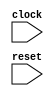
module AdderExerciser(
  input   clock,
  input   reset
);
`ifdef RANDOMIZE_REG_INIT
  reg [31:0] _RAND_0;
  reg [31:0] _RAND_1;
  reg [31:0] _RAND_2;
  reg [31:0] _RAND_3;
  reg [31:0] _RAND_4;
`endif // RANDOMIZE_REG_INIT
  reg [31:0] ticker; // @[Exerciser.scala 20:36]
  reg [31:0] max_ticks_for_state; // @[Exerciser.scala 21:36]
  reg [31:0] state_number; // @[Exerciser.scala 22:36]
  reg  state_locked; // @[Exerciser.scala 23:36]
  wire [31:0] _T_12 = ticker + 32'h1; // @[Exerciser.scala 27:20]
  wire  _T_14 = ~state_locked; // @[Exerciser.scala 28:8]
  wire [31:0] _T_18 = state_number + 32'h1; // @[Exerciser.scala 30:34]
  wire [31:0] _GEN_0 = ~state_locked ? 32'h0 : _T_12; // @[Exerciser.scala 28:23 Exerciser.scala 29:18 Exerciser.scala 27:10]
  wire [31:0] _GEN_1 = ~state_locked ? _T_18 : state_number; // @[Exerciser.scala 28:23 Exerciser.scala 30:18 Exerciser.scala 22:36]
  wire  _T_21 = ~(~state_locked); // @[Exerciser.scala 28:23]
  wire  _T_22 = _T_21 & ticker > max_ticks_for_state; // @[Exerciser.scala 32:43]
  wire  _T_24 = ~reset; // @[Exerciser.scala 33:11]
  wire  _GEN_2 = _T_21 & ticker > max_ticks_for_state ? 1'h0 : state_locked; // @[Exerciser.scala 32:43 Exerciser.scala 35:18 Exerciser.scala 23:36]
  wire [31:0] _GEN_3 = _T_21 & ticker > max_ticks_for_state ? _T_18 : _GEN_1; // @[Exerciser.scala 32:43 Exerciser.scala 36:18]
  wire  _T_30 = ticker > 32'h64; // @[Exerciser.scala 38:15]
  reg [31:0] test_number; // @[Adder.scala 54:33]
  wire  _T_192 = test_number > 32'h14; // @[Adder.scala 56:55]
  wire  _T_194 = state_number == 32'h21; // @[Exerciser.scala 53:23]
  wire  _GEN_4 = _T_14 | _GEN_2; // @[Exerciser.scala 54:28 Exerciser.scala 56:29]
  wire [4:0] _GEN_9 = 5'h1 == test_number[4:0] ? 5'h4 : 5'h3; // @[Adder.scala 61:28 Adder.scala 61:28]
  wire [4:0] _GEN_10 = 5'h2 == test_number[4:0] ? 5'h5 : _GEN_9; // @[Adder.scala 61:28 Adder.scala 61:28]
  wire [4:0] _GEN_11 = 5'h3 == test_number[4:0] ? 5'h6 : _GEN_10; // @[Adder.scala 61:28 Adder.scala 61:28]
  wire [4:0] _GEN_12 = 5'h4 == test_number[4:0] ? 5'h7 : _GEN_11; // @[Adder.scala 61:28 Adder.scala 61:28]
  wire [4:0] _GEN_13 = 5'h5 == test_number[4:0] ? 5'h8 : _GEN_12; // @[Adder.scala 61:28 Adder.scala 61:28]
  wire [4:0] _GEN_14 = 5'h6 == test_number[4:0] ? 5'h9 : _GEN_13; // @[Adder.scala 61:28 Adder.scala 61:28]
  wire [4:0] _GEN_15 = 5'h7 == test_number[4:0] ? 5'ha : _GEN_14; // @[Adder.scala 61:28 Adder.scala 61:28]
  wire [4:0] _GEN_16 = 5'h8 == test_number[4:0] ? 5'hb : _GEN_15; // @[Adder.scala 61:28 Adder.scala 61:28]
  wire [4:0] _GEN_17 = 5'h9 == test_number[4:0] ? 5'hc : _GEN_16; // @[Adder.scala 61:28 Adder.scala 61:28]
  wire [4:0] _GEN_18 = 5'ha == test_number[4:0] ? 5'hd : _GEN_17; // @[Adder.scala 61:28 Adder.scala 61:28]
  wire [4:0] _GEN_19 = 5'hb == test_number[4:0] ? 5'he : _GEN_18; // @[Adder.scala 61:28 Adder.scala 61:28]
  wire [4:0] _GEN_20 = 5'hc == test_number[4:0] ? 5'hf : _GEN_19; // @[Adder.scala 61:28 Adder.scala 61:28]
  wire [4:0] _GEN_21 = 5'hd == test_number[4:0] ? 5'h10 : _GEN_20; // @[Adder.scala 61:28 Adder.scala 61:28]
  wire [4:0] _GEN_22 = 5'he == test_number[4:0] ? 5'h11 : _GEN_21; // @[Adder.scala 61:28 Adder.scala 61:28]
  wire [4:0] _GEN_23 = 5'hf == test_number[4:0] ? 5'h12 : _GEN_22; // @[Adder.scala 61:28 Adder.scala 61:28]
  wire [4:0] _GEN_24 = 5'h10 == test_number[4:0] ? 5'h13 : _GEN_23; // @[Adder.scala 61:28 Adder.scala 61:28]
  wire [4:0] _GEN_25 = 5'h11 == test_number[4:0] ? 5'h14 : _GEN_24; // @[Adder.scala 61:28 Adder.scala 61:28]
  wire [4:0] _GEN_26 = 5'h12 == test_number[4:0] ? 5'h15 : _GEN_25; // @[Adder.scala 61:28 Adder.scala 61:28]
  wire [4:0] _GEN_27 = 5'h13 == test_number[4:0] ? 5'h16 : _GEN_26; // @[Adder.scala 61:28 Adder.scala 61:28]
  wire [4:0] _GEN_29 = 5'h1 == test_number[4:0] ? 5'h8 : 5'h7; // @[Adder.scala 61:28 Adder.scala 61:28]
  wire [4:0] _GEN_30 = 5'h2 == test_number[4:0] ? 5'h9 : _GEN_29; // @[Adder.scala 61:28 Adder.scala 61:28]
  wire [4:0] _GEN_31 = 5'h3 == test_number[4:0] ? 5'ha : _GEN_30; // @[Adder.scala 61:28 Adder.scala 61:28]
  wire [4:0] _GEN_32 = 5'h4 == test_number[4:0] ? 5'hb : _GEN_31; // @[Adder.scala 61:28 Adder.scala 61:28]
  wire [4:0] _GEN_33 = 5'h5 == test_number[4:0] ? 5'hc : _GEN_32; // @[Adder.scala 61:28 Adder.scala 61:28]
  wire [4:0] _GEN_34 = 5'h6 == test_number[4:0] ? 5'hd : _GEN_33; // @[Adder.scala 61:28 Adder.scala 61:28]
  wire [4:0] _GEN_35 = 5'h7 == test_number[4:0] ? 5'he : _GEN_34; // @[Adder.scala 61:28 Adder.scala 61:28]
  wire [4:0] _GEN_36 = 5'h8 == test_number[4:0] ? 5'hf : _GEN_35; // @[Adder.scala 61:28 Adder.scala 61:28]
  wire [4:0] _GEN_37 = 5'h9 == test_number[4:0] ? 5'h10 : _GEN_36; // @[Adder.scala 61:28 Adder.scala 61:28]
  wire [4:0] _GEN_38 = 5'ha == test_number[4:0] ? 5'h11 : _GEN_37; // @[Adder.scala 61:28 Adder.scala 61:28]
  wire [4:0] _GEN_39 = 5'hb == test_number[4:0] ? 5'h12 : _GEN_38; // @[Adder.scala 61:28 Adder.scala 61:28]
  wire [4:0] _GEN_40 = 5'hc == test_number[4:0] ? 5'h13 : _GEN_39; // @[Adder.scala 61:28 Adder.scala 61:28]
  wire [4:0] _GEN_41 = 5'hd == test_number[4:0] ? 5'h14 : _GEN_40; // @[Adder.scala 61:28 Adder.scala 61:28]
  wire [4:0] _GEN_42 = 5'he == test_number[4:0] ? 5'h15 : _GEN_41; // @[Adder.scala 61:28 Adder.scala 61:28]
  wire [4:0] _GEN_43 = 5'hf == test_number[4:0] ? 5'h16 : _GEN_42; // @[Adder.scala 61:28 Adder.scala 61:28]
  wire [4:0] _GEN_44 = 5'h10 == test_number[4:0] ? 5'h17 : _GEN_43; // @[Adder.scala 61:28 Adder.scala 61:28]
  wire [4:0] _GEN_45 = 5'h11 == test_number[4:0] ? 5'h18 : _GEN_44; // @[Adder.scala 61:28 Adder.scala 61:28]
  wire [4:0] _GEN_46 = 5'h12 == test_number[4:0] ? 5'h19 : _GEN_45; // @[Adder.scala 61:28 Adder.scala 61:28]
  wire [4:0] _GEN_47 = 5'h13 == test_number[4:0] ? 5'h1a : _GEN_46; // @[Adder.scala 61:28 Adder.scala 61:28]
  wire [4:0] _T_212 = _GEN_27 + _GEN_47; // @[Adder.scala 61:28]
  wire [4:0] _GEN_89 = 5'h1 == test_number[4:0] ? 5'hc : 5'ha; // @[Adder.scala 57:11 Adder.scala 57:11]
  wire [4:0] _GEN_90 = 5'h2 == test_number[4:0] ? 5'he : _GEN_89; // @[Adder.scala 57:11 Adder.scala 57:11]
  wire [4:0] _GEN_91 = 5'h3 == test_number[4:0] ? 5'h10 : _GEN_90; // @[Adder.scala 57:11 Adder.scala 57:11]
  wire [4:0] _GEN_92 = 5'h4 == test_number[4:0] ? 5'h12 : _GEN_91; // @[Adder.scala 57:11 Adder.scala 57:11]
  wire [4:0] _GEN_93 = 5'h5 == test_number[4:0] ? 5'h14 : _GEN_92; // @[Adder.scala 57:11 Adder.scala 57:11]
  wire [4:0] _GEN_94 = 5'h6 == test_number[4:0] ? 5'h16 : _GEN_93; // @[Adder.scala 57:11 Adder.scala 57:11]
  wire [4:0] _GEN_95 = 5'h7 == test_number[4:0] ? 5'h18 : _GEN_94; // @[Adder.scala 57:11 Adder.scala 57:11]
  wire [4:0] _GEN_96 = 5'h8 == test_number[4:0] ? 5'h1a : _GEN_95; // @[Adder.scala 57:11 Adder.scala 57:11]
  wire [4:0] _GEN_97 = 5'h9 == test_number[4:0] ? 5'h1c : _GEN_96; // @[Adder.scala 57:11 Adder.scala 57:11]
  wire [4:0] _GEN_98 = 5'ha == test_number[4:0] ? 5'h1e : _GEN_97; // @[Adder.scala 57:11 Adder.scala 57:11]
  wire [4:0] _GEN_99 = 5'hb == test_number[4:0] ? 5'h0 : _GEN_98; // @[Adder.scala 57:11 Adder.scala 57:11]
  wire [4:0] _GEN_100 = 5'hc == test_number[4:0] ? 5'h2 : _GEN_99; // @[Adder.scala 57:11 Adder.scala 57:11]
  wire [4:0] _GEN_101 = 5'hd == test_number[4:0] ? 5'h4 : _GEN_100; // @[Adder.scala 57:11 Adder.scala 57:11]
  wire [4:0] _GEN_102 = 5'he == test_number[4:0] ? 5'h6 : _GEN_101; // @[Adder.scala 57:11 Adder.scala 57:11]
  wire [4:0] _GEN_103 = 5'hf == test_number[4:0] ? 5'h8 : _GEN_102; // @[Adder.scala 57:11 Adder.scala 57:11]
  wire [4:0] _GEN_104 = 5'h10 == test_number[4:0] ? 5'ha : _GEN_103; // @[Adder.scala 57:11 Adder.scala 57:11]
  wire [4:0] _GEN_105 = 5'h11 == test_number[4:0] ? 5'hc : _GEN_104; // @[Adder.scala 57:11 Adder.scala 57:11]
  wire [4:0] _GEN_106 = 5'h12 == test_number[4:0] ? 5'he : _GEN_105; // @[Adder.scala 57:11 Adder.scala 57:11]
  wire [4:0] _GEN_107 = 5'h13 == test_number[4:0] ? 5'h10 : _GEN_106; // @[Adder.scala 57:11 Adder.scala 57:11]
  wire [31:0] _T_231 = test_number + 32'h1; // @[Adder.scala 65:32]
  wire  _GEN_168 = _T_192 ? 1'h0 : _GEN_4; // @[Exerciser.scala 63:38 Exerciser.scala 65:22]
  wire  _GEN_170 = state_number == 32'h21 ? _GEN_168 : _GEN_2; // @[Exerciser.scala 53:52]
  wire  _T_239 = state_number > 32'h22; // @[Exerciser.scala 45:23]
  always @(posedge clock) begin
    if (reset) begin // @[Exerciser.scala 20:36]
      ticker <= 32'h0; // @[Exerciser.scala 20:36]
    end else if (state_number == 32'h21) begin // @[Exerciser.scala 53:52]
      if (_T_14) begin // @[Exerciser.scala 54:28]
        ticker <= 32'h0; // @[Exerciser.scala 57:29]
      end else begin
        ticker <= _GEN_0;
      end
    end else begin
      ticker <= _GEN_0;
    end
    if (reset) begin // @[Exerciser.scala 21:36]
      max_ticks_for_state <= 32'h0; // @[Exerciser.scala 21:36]
    end else if (state_number == 32'h21) begin // @[Exerciser.scala 53:52]
      if (_T_14) begin // @[Exerciser.scala 54:28]
        max_ticks_for_state <= 32'h64; // @[Exerciser.scala 58:29]
      end
    end
    if (reset) begin // @[Exerciser.scala 22:36]
      state_number <= 32'h0; // @[Exerciser.scala 22:36]
    end else if (state_number == 32'h21) begin // @[Exerciser.scala 53:52]
      if (_T_192) begin // @[Exerciser.scala 63:38]
        state_number <= _T_18; // @[Exerciser.scala 66:22]
      end else if (_T_14) begin // @[Exerciser.scala 54:28]
        state_number <= 32'h21; // @[Exerciser.scala 59:22]
      end else begin
        state_number <= _GEN_3;
      end
    end else begin
      state_number <= _GEN_3;
    end
    state_locked <= reset | _GEN_170; // @[Exerciser.scala 23:36 Exerciser.scala 23:36]
    if (reset) begin // @[Adder.scala 54:33]
      test_number <= 32'h0; // @[Adder.scala 54:33]
    end else if (state_number == 32'h21) begin // @[Exerciser.scala 53:52]
      test_number <= _T_231; // @[Adder.scala 65:17]
    end
    `ifndef SYNTHESIS
    `ifdef PRINTF_COND
      if (`PRINTF_COND) begin
    `endif
        if (_T_22 & ~reset) begin
          $fwrite(32'h80000002,"current state %d has run too many cycles, ticks %d max %d",state_number,ticker,
            max_ticks_for_state); // @[Exerciser.scala 33:11]
        end
    `ifdef PRINTF_COND
      end
    `endif
    `endif // SYNTHESIS
    `ifndef SYNTHESIS
    `ifdef PRINTF_COND
      if (`PRINTF_COND) begin
    `endif
        if (_T_30 & _T_24) begin
          $fwrite(32'h80000002,"Too many cycles ticker %d current_state %d state_locked %x",ticker,state_number,
            state_locked); // @[Exerciser.scala 39:11]
        end
    `ifdef PRINTF_COND
      end
    `endif
    `endif // SYNTHESIS
    `ifndef SYNTHESIS
    `ifdef STOP_COND
      if (`STOP_COND) begin
    `endif
        if (_T_30 & _T_24) begin
          $finish; // @[Exerciser.scala 41:9]
        end
    `ifdef STOP_COND
      end
    `endif
    `endif // SYNTHESIS
    `ifndef SYNTHESIS
    `ifdef PRINTF_COND
      if (`PRINTF_COND) begin
    `endif
        if (_T_24) begin
          $fwrite(32'h80000002,"state_number %d, ticker %d, state_locked %x max_ticks %d",state_number,ticker,
            state_locked,max_ticks_for_state); // @[Adder.scala 43:9]
        end
    `ifdef PRINTF_COND
      end
    `endif
    `endif // SYNTHESIS
    `ifndef SYNTHESIS
    `ifdef PRINTF_COND
      if (`PRINTF_COND) begin
    `endif
        if (_T_194 & _T_14 & _T_24) begin
          $fwrite(32'h80000002,"Entering state check adder state_number %d ticker %d",state_number,ticker); // @[Exerciser.scala 55:15]
        end
    `ifdef PRINTF_COND
      end
    `endif
    `endif // SYNTHESIS
    `ifndef SYNTHESIS
    `ifdef PRINTF_COND
      if (`PRINTF_COND) begin
    `endif
        if (_T_194 & _T_24) begin
          $fwrite(32'h80000002,"%d ticker %d test# %d : %d + %d => %d expected %d\n",state_number,ticker,test_number,
            _GEN_27,_GEN_47,_T_212,5'h13 == test_number[4:0] ? 5'h10 : _GEN_106); // @[Adder.scala 57:11]
        end
    `ifdef PRINTF_COND
      end
    `endif
    `endif // SYNTHESIS
    `ifndef SYNTHESIS
    `ifdef PRINTF_COND
      if (`PRINTF_COND) begin
    `endif
        if (_T_194 & ~(_GEN_107 == _T_212 | reset)) begin
          $fwrite(32'h80000002,
            "Assertion failed\n    at Adder.scala:64 assert(expected_out_vec(test_number) === in0_vec(test_number) + in1_vec(test_number))\n"
            ); // @[Adder.scala 64:11]
        end
    `ifdef PRINTF_COND
      end
    `endif
    `endif // SYNTHESIS
    `ifndef SYNTHESIS
    `ifdef STOP_COND
      if (`STOP_COND) begin
    `endif
        if (_T_194 & ~(_GEN_107 == _T_212 | reset)) begin
          $fatal; // @[Adder.scala 64:11]
        end
    `ifdef STOP_COND
      end
    `endif
    `endif // SYNTHESIS
    `ifndef SYNTHESIS
    `ifdef PRINTF_COND
      if (`PRINTF_COND) begin
    `endif
        if (_T_194 & _T_192 & _T_24) begin
          $fwrite(32'h80000002,"Leaving state  check adder state_number %d ticker %d",state_number,ticker); // @[Exerciser.scala 64:15]
        end
    `ifdef PRINTF_COND
      end
    `endif
    `endif // SYNTHESIS
    `ifndef SYNTHESIS
    `ifdef PRINTF_COND
      if (`PRINTF_COND) begin
    `endif
        if (_T_239 & _T_24) begin
          $fwrite(32'h80000002,"All states processed"); // @[Exerciser.scala 46:13]
        end
    `ifdef PRINTF_COND
      end
    `endif
    `endif // SYNTHESIS
    `ifndef SYNTHESIS
    `ifdef STOP_COND
      if (`STOP_COND) begin
    `endif
        if (_T_239 & _T_24) begin
          $finish; // @[Exerciser.scala 47:11]
        end
    `ifdef STOP_COND
      end
    `endif
    `endif // SYNTHESIS
    `ifndef SYNTHESIS
    `ifdef PRINTF_COND
      if (`PRINTF_COND) begin
    `endif
        if (_T_239 & _T_24) begin
          $fwrite(32'h80000002,"All states processed"); // @[Exerciser.scala 46:13]
        end
    `ifdef PRINTF_COND
      end
    `endif
    `endif // SYNTHESIS
    `ifndef SYNTHESIS
    `ifdef STOP_COND
      if (`STOP_COND) begin
    `endif
        if (_T_239 & _T_24) begin
          $finish; // @[Exerciser.scala 47:11]
        end
    `ifdef STOP_COND
      end
    `endif
    `endif // SYNTHESIS
  end
// Register and memory initialization
`ifdef RANDOMIZE_GARBAGE_ASSIGN
`define RANDOMIZE
`endif
`ifdef RANDOMIZE_INVALID_ASSIGN
`define RANDOMIZE
`endif
`ifdef RANDOMIZE_REG_INIT
`define RANDOMIZE
`endif
`ifdef RANDOMIZE_MEM_INIT
`define RANDOMIZE
`endif
`ifndef RANDOM
`define RANDOM $random
`endif
`ifdef RANDOMIZE_MEM_INIT
  integer initvar;
`endif
`ifndef SYNTHESIS
`ifdef FIRRTL_BEFORE_INITIAL
`FIRRTL_BEFORE_INITIAL
`endif
initial begin
  `ifdef RANDOMIZE
    `ifdef INIT_RANDOM
      `INIT_RANDOM
    `endif
    `ifndef VERILATOR
      `ifdef RANDOMIZE_DELAY
        #`RANDOMIZE_DELAY begin end
      `else
        #0.002 begin end
      `endif
    `endif
`ifdef RANDOMIZE_REG_INIT
  _RAND_0 = {1{`RANDOM}};
  ticker = _RAND_0[31:0];
  _RAND_1 = {1{`RANDOM}};
  max_ticks_for_state = _RAND_1[31:0];
  _RAND_2 = {1{`RANDOM}};
  state_number = _RAND_2[31:0];
  _RAND_3 = {1{`RANDOM}};
  state_locked = _RAND_3[0:0];
  _RAND_4 = {1{`RANDOM}};
  test_number = _RAND_4[31:0];
`endif // RANDOMIZE_REG_INIT
  `endif // RANDOMIZE
end // initial
`ifdef FIRRTL_AFTER_INITIAL
`FIRRTL_AFTER_INITIAL
`endif
`endif // SYNTHESIS
endmodule